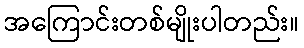
အကြောင်းတစ်မျိုးပါတည်း။